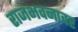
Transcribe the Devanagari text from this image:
राजभवनावर